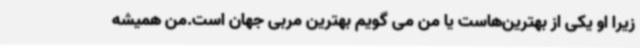
زیرا او یکی از بهترین‌هاست یا من می گویم بهترین مربی جهان است.من همیشه